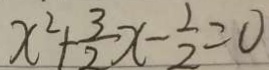
x ^ { 2 } + \frac { 3 } { 2 } x - \frac { 1 } { 2 } = 0